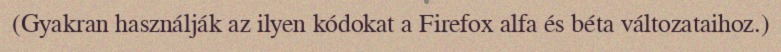
(Gyakran használják az ilyen kódokat a Firefox alfa és béta változataihoz.)